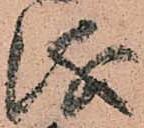
儀